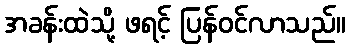
အခန်းထဲသို့ ဖရင့် ပြန်ဝင်လာသည်။